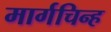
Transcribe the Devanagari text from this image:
मार्गचिन्ह